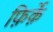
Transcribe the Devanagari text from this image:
फ़िर्क़े